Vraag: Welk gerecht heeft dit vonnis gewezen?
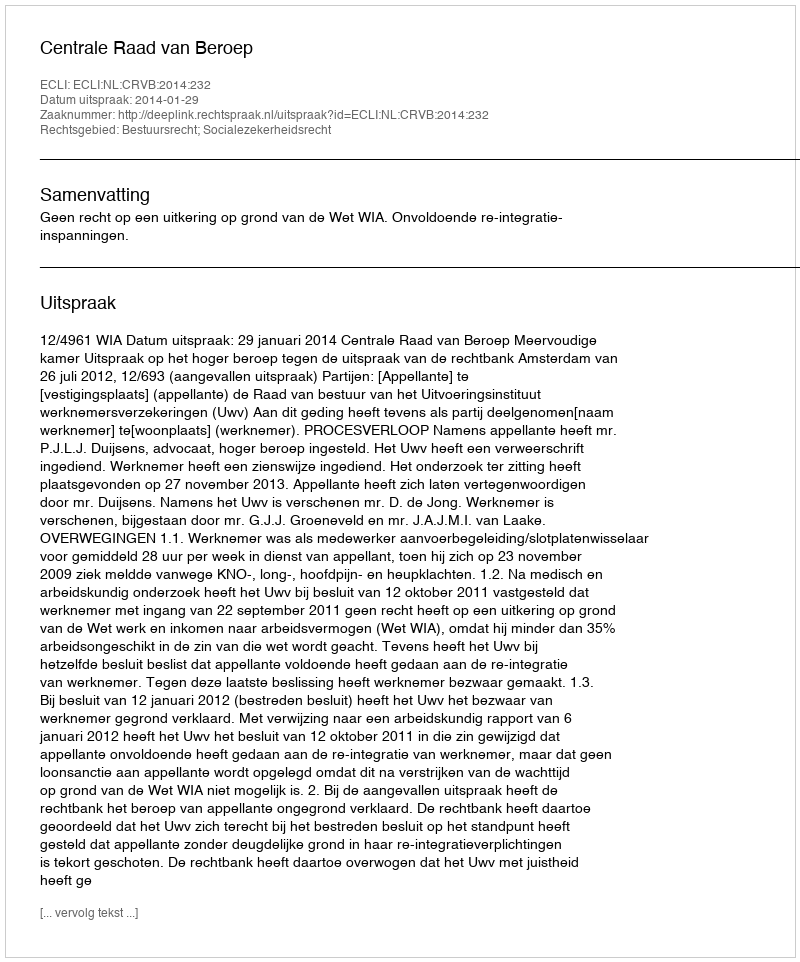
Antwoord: Centrale Raad van Beroep